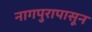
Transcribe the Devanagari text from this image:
नागपुरापासून